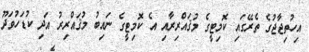
އިހުތިޖާޖުގެ ތެރޭގައި ކޮމިޓީގެ މުޤައްރިރާއި އެ ކޮމިޓީގެ ނައިބު މުޤައްރިރު އަދި ކުޑަހުވަދޫ